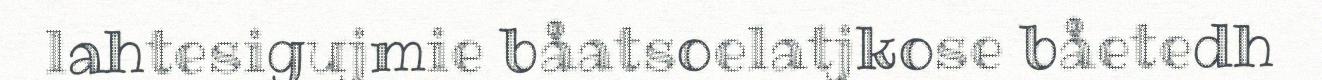
lahtesigujmie båatsoelatjkose båetedh